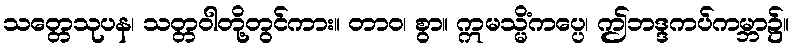
သတ္တေသုပန၊ သတ္တဝါတို့တွင်ကား။ တာဝ၊ စွာ။ ဣမသ္မိံကပ္ပေ၊ ဤဘဒ္ဒကပ်ကမ္ဘာ၌။